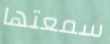
سمعتها